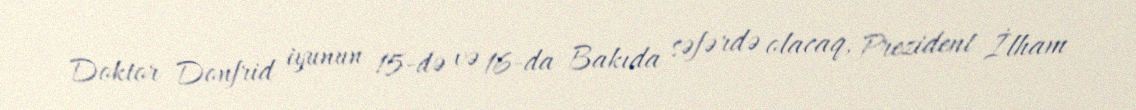
Doktor Donfrid iyunun 15-də və 16-da Bakıda səfərdə olacaq, Prezident İlham